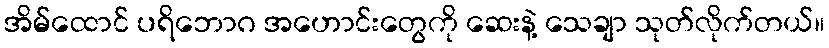
အိမ်ထောင် ပရိဘောဂ အဟောင်းတွေကို ဆေးနဲ့ သေချာ သုတ်လိုက်တယ်။